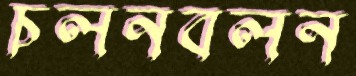
চলনবলন